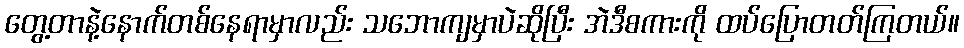
တွေ့တာနဲ့နောက်တစ်နေရာမှာလည်း သဘောကျမှာပဲဆိုပြီး အဲဒီစကားကို ထပ်ပြောတတ်ကြတယ်။